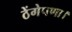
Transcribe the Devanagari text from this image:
ठेंगेपणा।